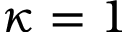
\kappa = 1